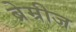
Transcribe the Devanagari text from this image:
ब्रेम्रीज